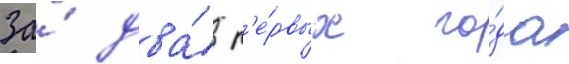
За́ два́ п'е́рвых го́да